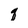
Character: q